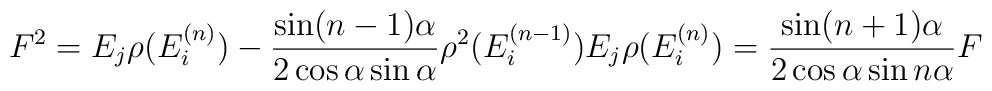
F^{2}=E_{j}\rho (E_{i}^{(n)})-\frac{\sin (n-1)\alpha }{2\cos \alpha \sin\alpha }\rho ^{2}(E_{i}^{(n-1)})E_{j}\rho (E_{i}^{(n)})=\frac{\sin(n+1)\alpha }{2\cos \alpha \sin n\alpha }F